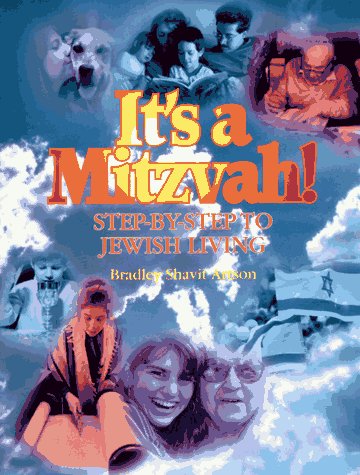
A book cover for It's a Mitzvah!: Step-By-Step to Jewish Living; Bradley Shavit Artson; Religion & Spirituality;